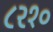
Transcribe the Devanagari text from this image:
८२१०